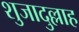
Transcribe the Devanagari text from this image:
शुजादुल्लाह